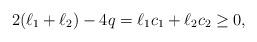
LaTeX: \begin{align*}2(\ell_1+\ell_2)-4q = \ell_1 c_1 + \ell_2 c_2 \geq 0,\end{align*}